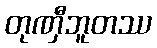
တုဏှီဘူတဿ